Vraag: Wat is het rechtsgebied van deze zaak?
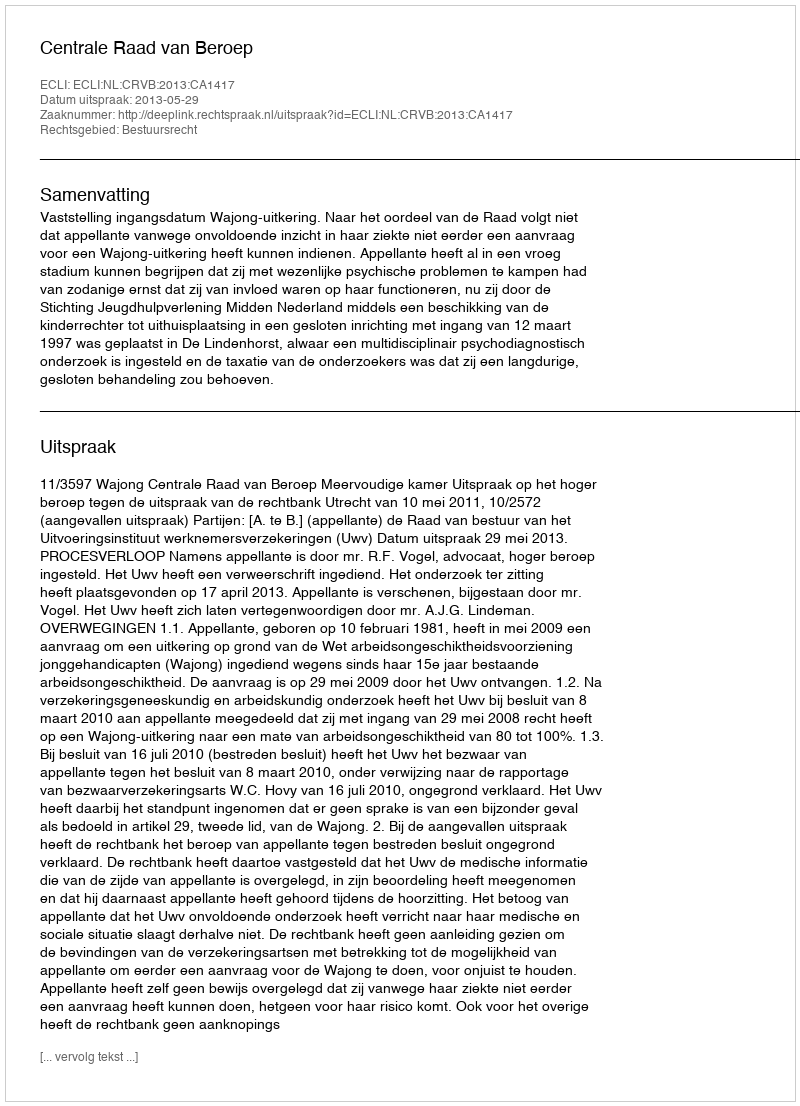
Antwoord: Bestuursrecht